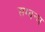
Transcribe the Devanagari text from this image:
सम्बन्घ